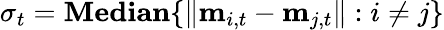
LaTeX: \sigma_{t}=\textbf{Median}\{ \| \mathbf{m}_{i,t}-\mathbf{m}_{j,t}\| :i\neq j\}